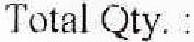
TOTAL QTY. :